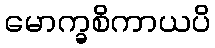
မောက္ခစိကာယပိ